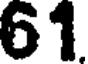
61